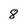
Character: 8